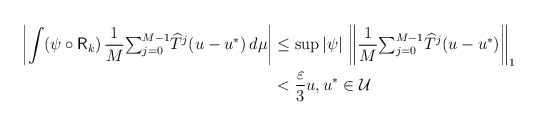
\begin{align*}\left\vert \int(\psi\circ\mathsf{R}_{k})\,\frac{1}{M}{\textstyle\sum_{j=0}^{M-1}}\widehat{T}^{j}(u-u^{\ast})\,d\mu\right\vert & \leq\sup\left\vert\psi\right\vert \,\left\Vert \frac{1}{M}{\textstyle\sum_{j=0}^{M-1}}\widehat{T}^{j}(u-u^{\ast})\right\Vert _{1}\\& <\frac{\varepsilon}{3}u,u^{\ast}\in\mathcal{U}\end{align*}